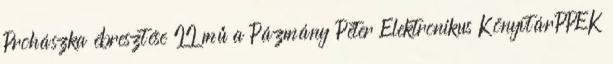
Prohászka ébresztése II mű a Pázmány Péter Elektronikus KönyvtárPPEK